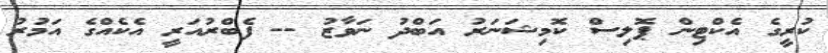
ކުރީގެ އެކްޓިން ޕޮލިސް ކޮމިޝަނަރު އަބްދު ނަވާޒު -- ފެބްރުއަރީ އެކެއްގެ އަމުރު